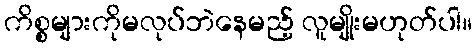
ကိစ္စများကိုမလုပ်ဘဲနေမည့် လူမျိုးမဟုတ်ပါ။